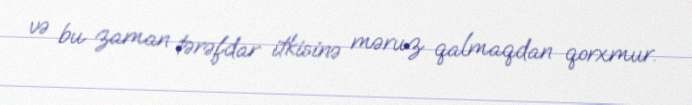
və bu zaman tərəfdar itkisinə məruz qalmaqdan qorxmur.